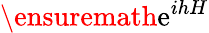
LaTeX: \ensuremath{\mathrm{e}}^{ihH}